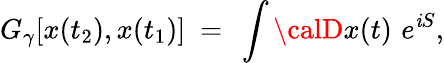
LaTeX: G_{\gamma}[x(t_{2}),x(t_{1})]~=~\int{\calD}x(t)\, \, e^{\mathit{i}S},